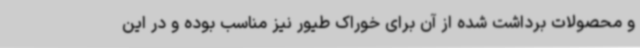
و محصولات برداشت شده از آن برای خوراک طیور نیز مناسب بوده و در این